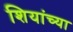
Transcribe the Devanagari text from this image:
शियांच्या